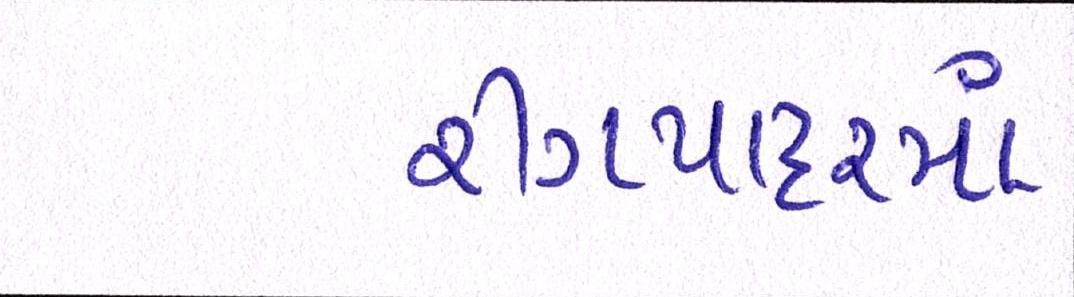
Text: રીંગપાદરમાં